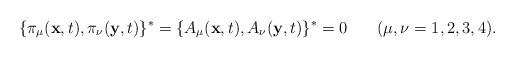
LaTeX: \begin{align*}\{\pi_\mu(\textbf{x},t),\pi_\nu(\textbf{y},t)\}^*=\{A_\mu(\textbf{x},t),A_\nu(\textbf{y},t)\}^*=0\hspace{0.3in}(\mu, \nu=1,2,3,4) .\end{align*}